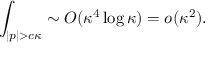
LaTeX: \int _ { | p | > c \kappa } \sim O ( \kappa ^ { 4 } \log \kappa ) = o ( \kappa ^ { 2 } ) .